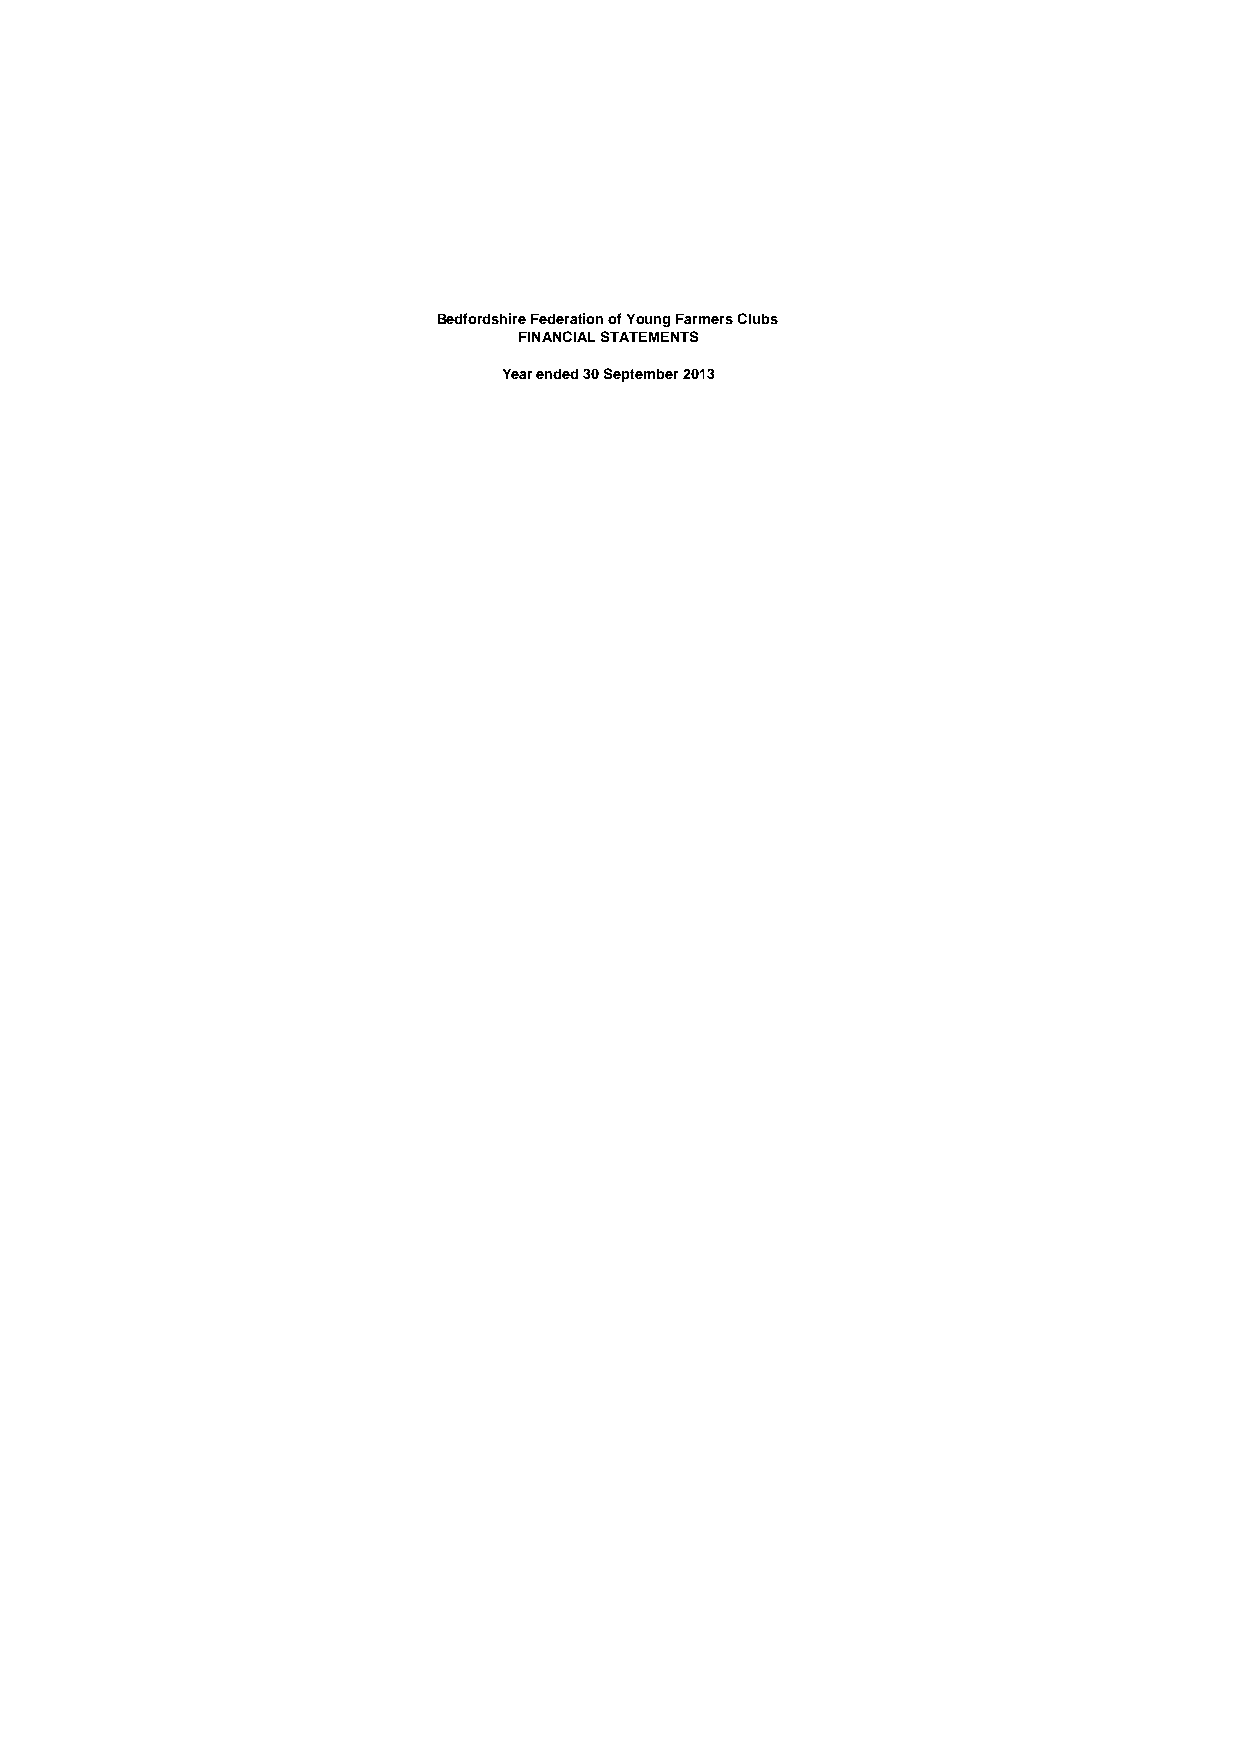
Bedfordshire Federation of Young Farmers Clubs
 FINANCIAL STATEMENTS
 Year ended 30 September 2013